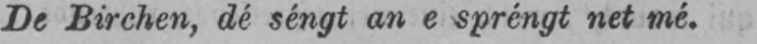
De Birchen, dé séngt an e spréngt net mé.